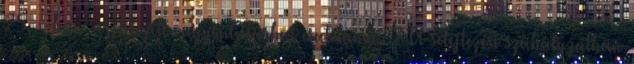
25. §-ban részletezett vagyonleltárhoz csatolandó. 2 A selejtezési szabályzatban